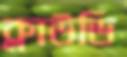
ক্লাউডি